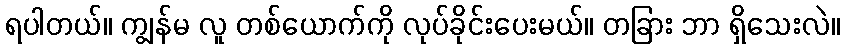
ရပါတယ်။ ကျွန်မ လူ တစ်ယောက်ကို လုပ်ခိုင်းပေးမယ်။ တခြား ဘာ ရှိသေးလဲ။